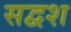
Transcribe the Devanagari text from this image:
सद्वश